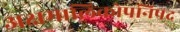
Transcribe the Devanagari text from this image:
अक्षमालिकोपनिषद